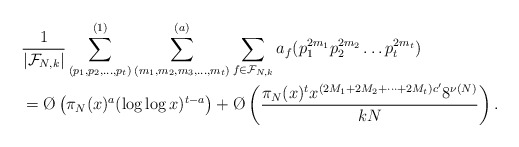
\begin{align*}& \frac{1}{|\mathcal F_{N,k}|}\sum_{(p_1,p_2,\dots ,p_t)}^{(1)}\sum_{(m_1,m_2,m_3,\dots,m_t)}^{(a)}\sum_{f \in \mathcal F_{N,k}} a_f(p_1^{2m_1}p_2^{2m_2}\dots p_t^{2m_t})\\& = \O\left(\pi_N(x)^{a}(\log \log x)^{t-a} \right)+ \O\left(\frac{\pi_N(x)^t x^{(2M_1 + 2M_2 + \dots + 2M_t)c'}8^{\nu(N)}}{k{N}}\right).\end{align*}